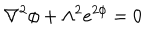
\nabla ^ { 2 } \phi + \Lambda ^ { 2 } e ^ { 2 \phi } = 0